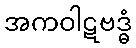
အကဝါဋဗဒ္ဓံ